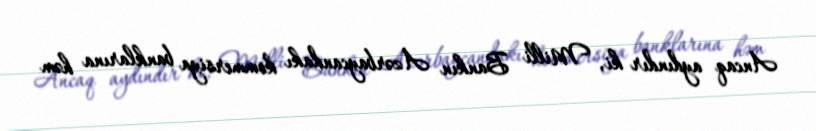
Ancaq aydındır ki, Milli Bankın Azərbaycandakı kommersiya banklarına həm